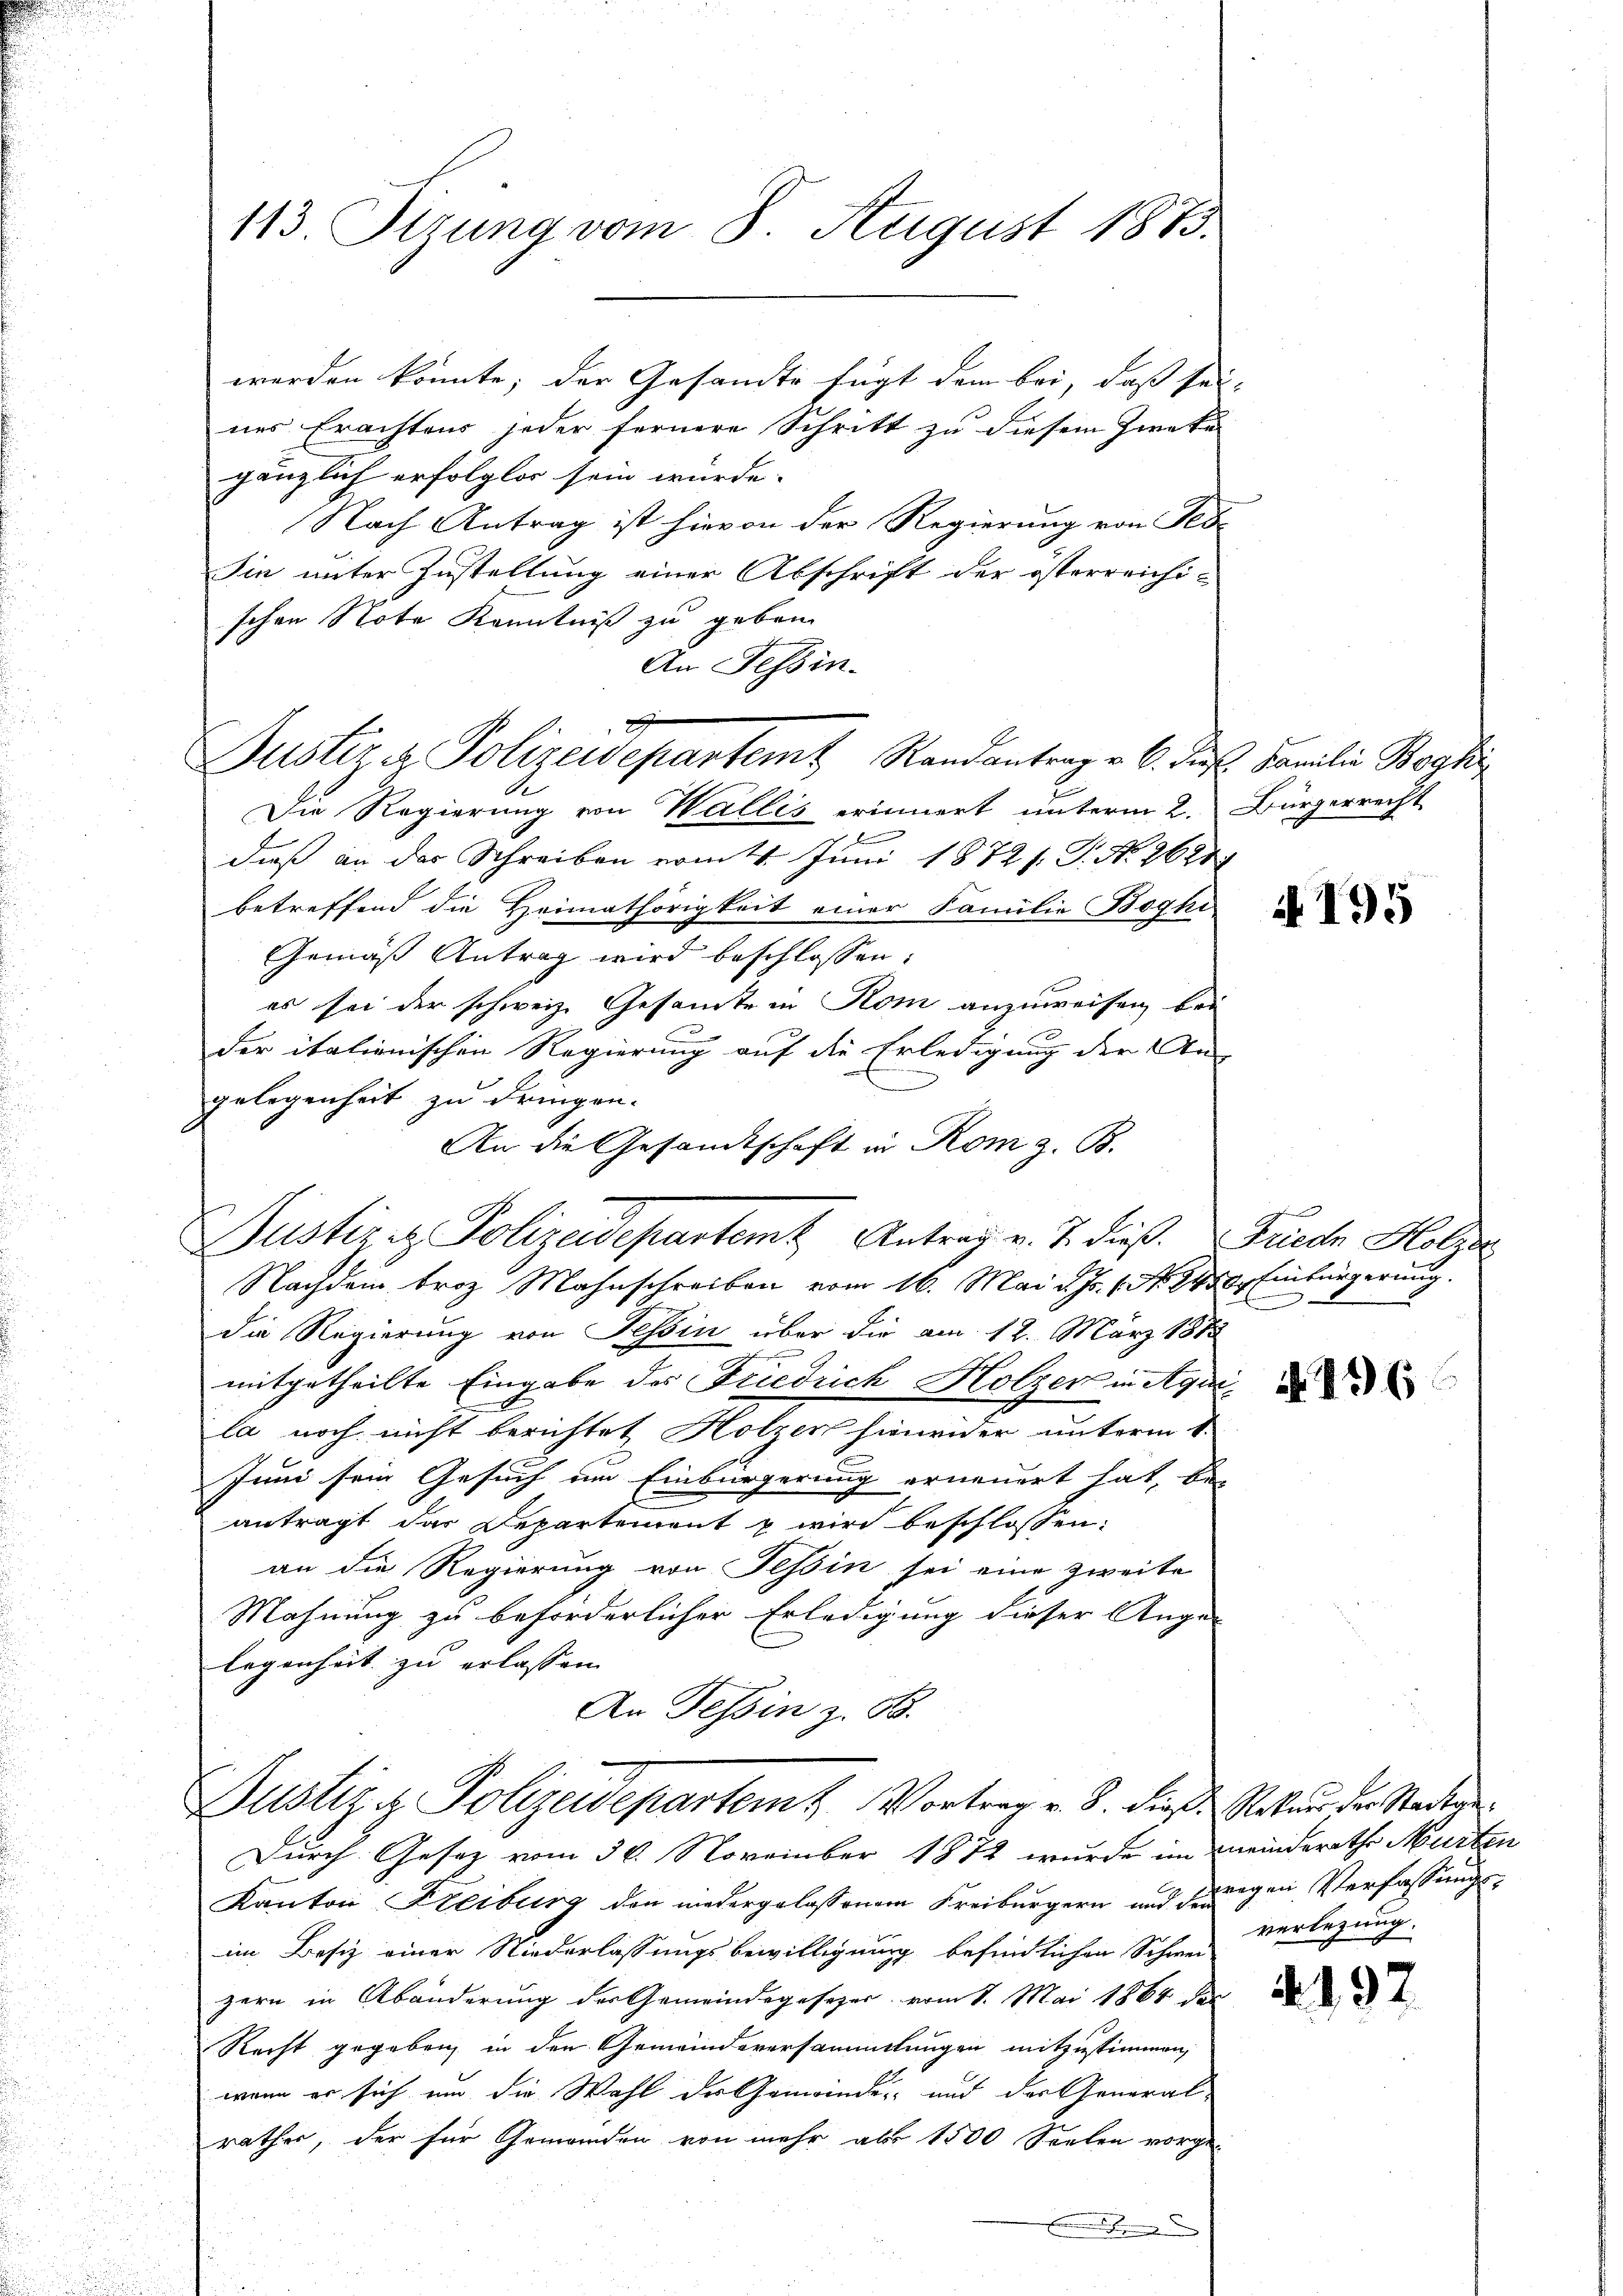
113. Sttung vom 8. August 1873.

werden könnte; der Gesandte fügt dem bei, daß sei-
nes Erachtens jeder fernere Schritt zu diesem Zwecke |
gänzlich erfolglos sein würde.
Nach Antrag ist hievon der Regierung von Tes
Sin unter Zustellung einer Abschrift der österreichischen Note Kenntniß zu geben.
An Tessin.
Die Regierung von Wallis erinnert unterm 2. Bürgerrecht
.
dies an das Schreiben vom Juni 1872 f. P. Nr. 2680
betreffend die Heimathörigkeit einer Familie Boghi
Gemäß Antrag wird beschlossen:
es sei der schweiz. Gesamte in Rom anzuweisen, bei
der italionischen Regierung auf die Erledigung der An-
gelegenheit zu dringen.
An die Gesandtschaft in Kom z. B.
Justiz - Polizeidepartem Antrag v. J. dieß. Friede Holzer
Nachdem Froz Mahnschreiben vom 16. Mai d. Js. 1. 140. Einbürgerung.
Die Regierung von Tessin über die am 12. März 1875
mitgetheilte Eingabe des Friedrich Holzer in Aquila noch nicht berichtet Holzen hinwider unterm 1.
Juni sein Gesuch am Einbürgerung erneuert hat, bei
antragt das Departement & wird beschlossen:
an die Regierung von Tessin sei eine zweite
Mahnung zu beförderlicher Erledigung dieser Ange-
legenheit zu erlassen
An Tessin z. B.
Justiz & Polizeidepartemt. Vortrag v. B. dieß Natur der Staden
Durch Gesetz vom 30. November 1872 wurde im meinderathe Murten
Kanton Freiburg den niedergelassenem Freiburgern und weigen Verfassungsim Besiz einer Niederlassungsbewilligung befindlichen Schwer-
zern in Abänderung der Gemeindegesezer, vom 1. Mai 1864 des
Recht gegeben in den Gemeindsversammlungen mitzustimmen,
wenn er sich um die Wahl der Gemeinde- und der General-
rathes, der für Gemeinden von mehr aber 1500 Seelen vorge-
Besserung

e
Justiz & Polizeidepartemt Randantrag v. 6. dies Familie Bogki

N 195

g

N. 196

verlegung.

4197